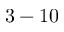
3 - 1 0